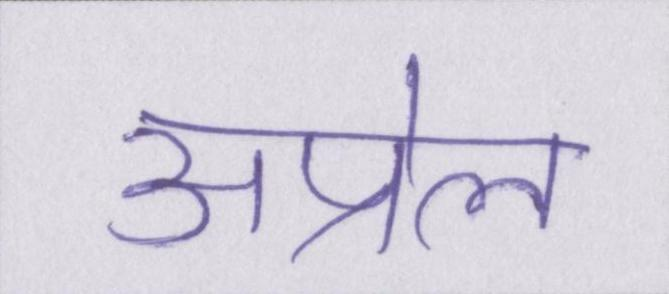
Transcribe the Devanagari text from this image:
अप्रेल